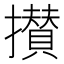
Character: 攅